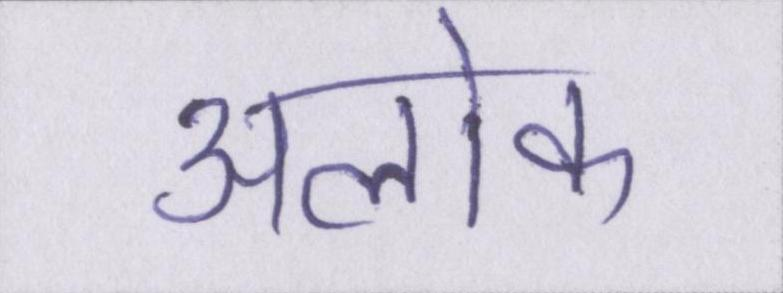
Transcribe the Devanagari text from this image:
अलोक